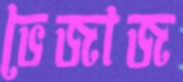
ভেজাজ